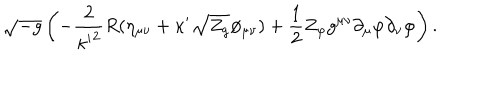
\sqrt { - g } \left( - { \frac { 2 } { { \kappa ^ { \prime } } ^ { 2 } } } R ( \eta _ { \mu \nu } + \kappa ^ { \prime } \sqrt { Z _ { g } } \phi _ { \mu \nu } ) + { \frac { 1 } { 2 } } Z _ { \varphi } g ^ { \mu \nu } \partial _ { \mu } \varphi \partial _ { \nu } \varphi \right) .